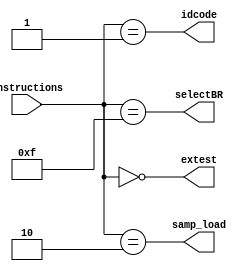

//IR decoder implementation
module IR_decoder ( instructions, extest, idcode, samp_load, selectBR )/* synthesis syn_builtin_du = "weak" */;
	parameter width = 4;
	input [width -1 : 0]  instructions;
	output                extest;
	output                idcode;
	output                samp_load;
	output                selectBR;
	
	wire extest = (instructions == {width{1'b0}});
	wire samp_load = (instructions == {{width-2{1'b0}},2'b10});
	wire idcode = (instructions == {{width-2{1'b0}},2'b01});
	wire selectBR = (instructions == {width{1'b1}});

endmodule